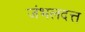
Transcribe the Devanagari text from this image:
जंभलदत्त